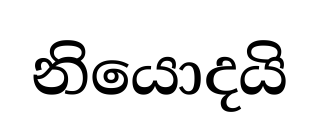
නියොදයි